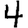
Digit: 4